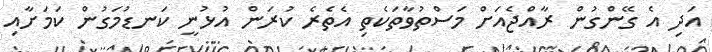
އަދި އެ ގޭންގުން ރާއްޖެއަށް މަސްތުވާތަކެތި އެތެރެ ކުރަން އުޅުނީ ކަނޑުމަގުން ކަމަށާއި